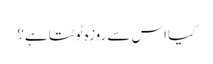
کیا اس سے روزہ ٹوٹتا ہے؟